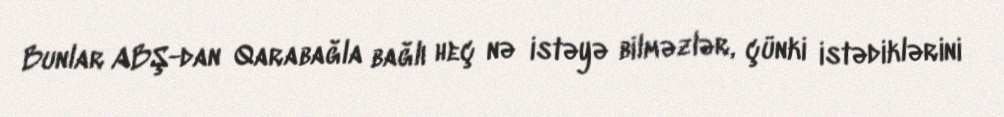
Bunlar ABŞ-dan Qarabağla bağlı heç nə istəyə bilməzlər, çünki istədiklərini